Annual report on the working of the lock hospitals in the Central Provinces
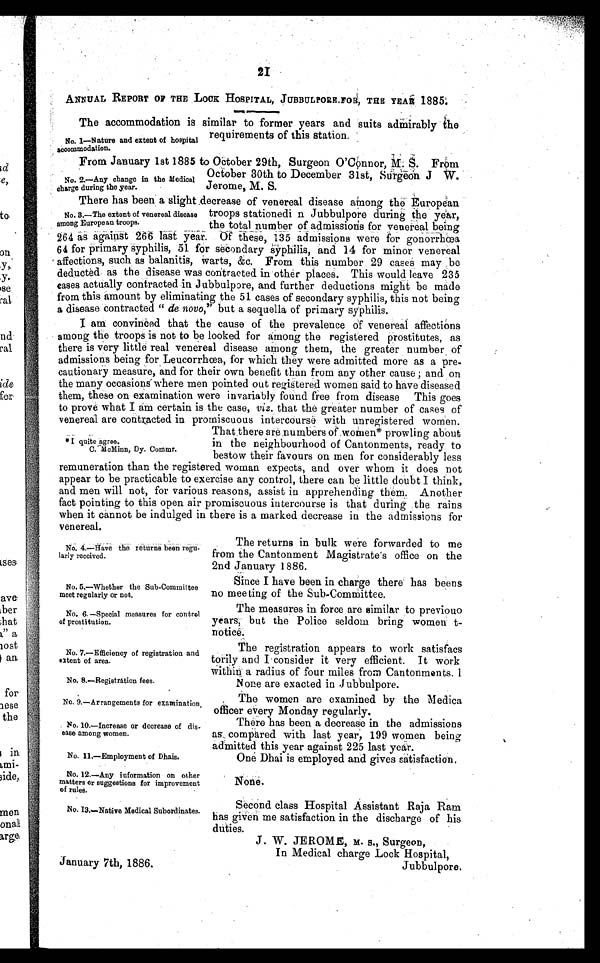
No. 4.—Have the returns been regu-
larly received.
No. 5.—Whether the Sub-Committee
meet regularly or not.
No. 6. —Special measures for control
of prostitution.
No. 7.—Efficiency of registration and
extent of area.
No. 8.—Registration fees.
No. 9.—Arrangements for examination.
No. 10.—Increase or decrease of dis-
ease among women.
No. 11.—Employment of Dhais.
No. 12.—Any iuformation on other
m a t t e r s o r s u g g e s t i o n s f o r i m p r o v e m e n t
of rules.
No. I3—Native Medical Subordinates.
21
ANNUAL REPORT OF THE LOCK HOSPITAL, JUBBULPORE, FOR, THE YEAR 1885:
The accommodation is similar to former years and suits admirably the
requirements of this station.
From January 1st 1885 to October 29th, Surgeon O'Connor, M; S. From
October 30th to December 31st, Surgeon J W.
Jerome, M. S.
There has been a slight decrease of venereal disease among the European
troops stationedi n Jubbulpore during the year,
the total number of admissions for venereal being
264 as against 266 last year. Of these, 135 admissions were for gonorrhœa
64 for primary syphilis, 51 for secondary syphilis, and 14 for minor venereal
affections, such as balanitis, warts, &c. From this number 29 cases may be
deducted as the disease was contracted in other places. This would leave 235
cases actually contracted in Jubbulpore, and further deductions might be made
from this amount by eliminating the 51 cases of secondary syphilis, this not being
a disease contracted " de novo," but a sequella of primary syphilis.
I am convinced that the cause of the prevalence Of venereal affections
among the troops is not to be looked for among the registered prostitutes, as
there is very little real venereal disease among them, the greater number of
admissions being for Leucorrhœa, for which they were admitted more as a pre.
cautionary measure, and for their own benefit than from any other cause ; and on
the many occasions where men pointed out registered women said to have diseased
them, these on examination were invariably found free from disease This goes
to prove what I am certain is the case, viz. that the greater number of cases of
venereal are contracted in promiscuous intercourse with unregistered women.
That there are numbers of .women* prowling about
in the neighbourhood of Cantonments, ready to
bestow their favours on men for considerably less
remuneration than the registered woman expects, and over whom it does not
appear to be practicable to exercise any control, there can be little doubt I think,
and men will not, for various reasons, assist in apprehending them. Another
fact pointing to this open air promiscuous intercourse is that during the rains
when it cannot be indulged in there is a marked decrease in the admissions for
venereal.
No. 1—Nature and extent of hospital
accommodation.
No. 2.—Any change in the Medical
charge during the year.
No. 3.—The extent of venereal disease
among European troops.
*I quite agree.
C. McMinn, Dy. Commr.
The returns in bulk were forwarded to me
from the Cantonment Magistrate's office on the
2nd January 1886.
Since I have been in charge there has beens
no meeting of the Sub-Committee.
The measures in force are similar to previouo
years, but the Police seldom bring women t-
notice.
The registration appears to work satisfacs
torily and I consider it very efficient. It work
within a radius of four miles from Cantonments. I
None are exacted in Jubbulpore.
The women are examined by the Medica
officer every Monday regularly.
There has been a decrease in the admissions
as compared with last year, 199 women being
admitted this year against 225 last year.
One Dhai is employed and gives satisfaction,
None.
Second class Hospital Assistant Raja Ram
has given me satisfaction in the discharge of his
duties.
January 7th, 1886.
J. W. JEROME, M. s., Surgeon,
In Medical charge Lock Hospital,
Jubbulpore,